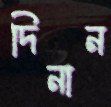
দিনান